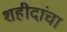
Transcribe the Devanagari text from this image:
शहीदांचा